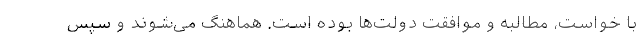
با خواست، مطالبه و موافقت دولت‌ها بوده است. هماهنگ می‌شوند و سپس